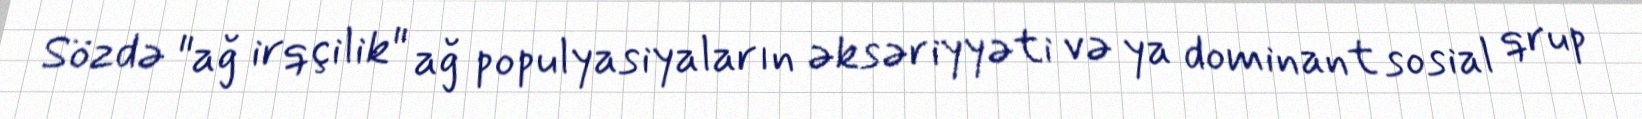
Sözdə "ağ irqçilik" ağ populyasiyaların əksəriyyəti və ya dominant sosial qrup